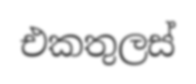
එකතුලස්